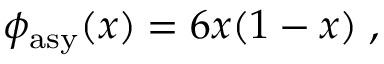
\phi _ { \mathrm { a s y } } ( x ) = 6 x ( 1 - x ) \; ,